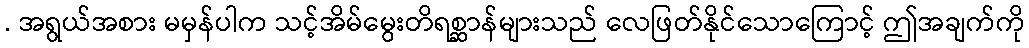
. အရွယ်အစား မမှန်ပါက သင့်အိမ်မွေးတိရစ္ဆာန်များသည် လေဖြတ်နိုင်သောကြောင့် ဤအချက်ကို